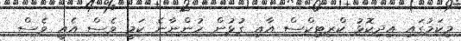
މިކަމުގައި އިދިކޮޅު ކްރިޓިކްސް އާއި ގުޅުން ހުންނާނެ ކަމީ ވެސް އެއީ ވެސް